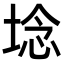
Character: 埝